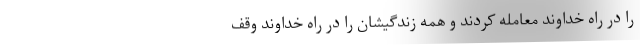
را در راه خداوند معامله کردند و همه زندگیشان را در راه خداوند وقف